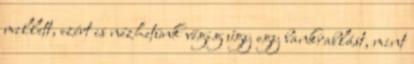
mellett, ezért is nézhetünk végig úgy egy bankrablást, mint